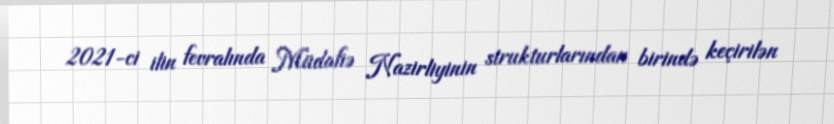
2021-ci ilin fevralında Müdafiə Nazirliyinin strukturlarından birində keçirilən